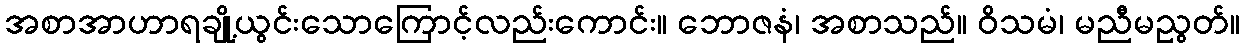
အစာအာဟာရချို့ယွင်းသောကြောင့်လည်းကောင်း။ ဘောဇနံ၊ အစာသည်။ ဝိသမံ၊ မညီမညွတ်။